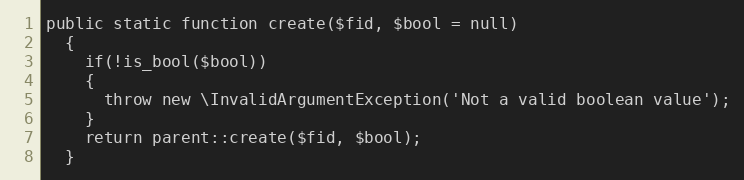
Language: PHP
public static function create($fid, $bool = null)
  {
    if(!is_bool($bool))
    {
      throw new \InvalidArgumentException('Not a valid boolean value');
    }
    return parent::create($fid, $bool);
  }